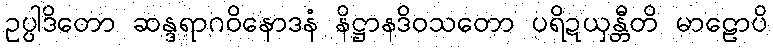
ဥပ္ပါဒိတော ဆန္ဒရာဂဝိနောဒနံ နိဋ္ဌာနဒိဝသတော ပရိဍယှန္တီတိ မာဠောပိ